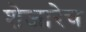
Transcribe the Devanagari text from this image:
शेजारेच